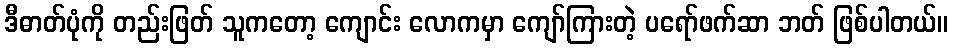
ဒီဓာတ်ပုံကို တည်းဖြတ် သူကတော့ ကျောင်း လောကမှာ ကျော်ကြားတဲ့ ပရော်ဖက်ဆာ ဘတ် ဖြစ်ပါတယ်။